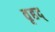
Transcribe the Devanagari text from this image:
वृहद्‌